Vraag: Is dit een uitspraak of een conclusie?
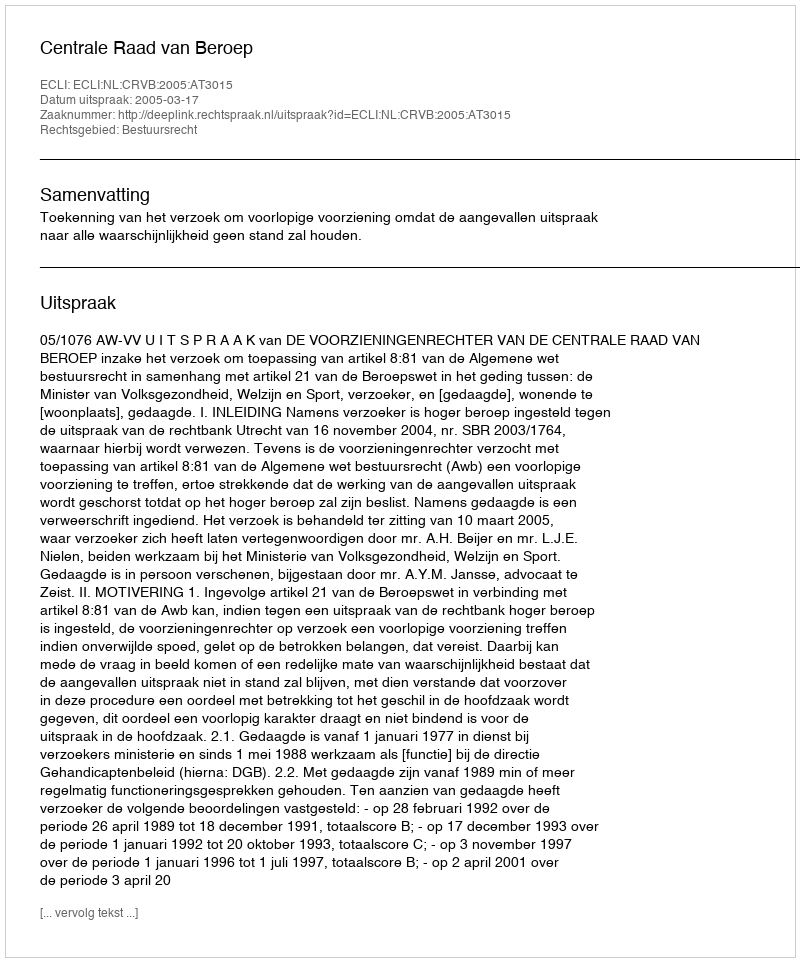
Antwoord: Uitspraak